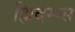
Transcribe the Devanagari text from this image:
ह्यिदस्प्स